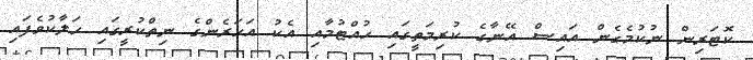
ކޮޓަރިން ނުކުމެގެން އައިސް އޭނާގެ ކުރިމަތީގައި ހުއްޓުމާއި އެކު އަހަރެންގެ ނިތްކުރީގައި ހަލާކުވެފައި